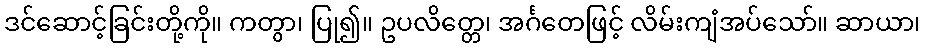
ဒင်ဆောင့်ခြင်းတို့ကို။ ကတွာ၊ ပြု၍။ ဥပလိတ္တေ၊ အင်္ဂတေဖြင့် လိမ်းကျံအပ်သော်။ ဆာယာ၊